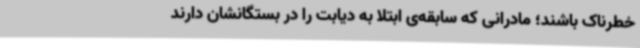
خطرناک باشند؛ مادرانی که سابقه‌ی ابتلا به دیابت را در بستگانشان دارند